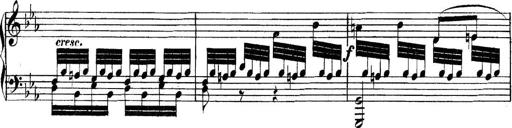
Title: Collected Piano Sonatas
Composer: Muzio Clementi